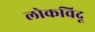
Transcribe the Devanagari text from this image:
लोकविदू